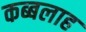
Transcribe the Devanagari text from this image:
कब्बलाह